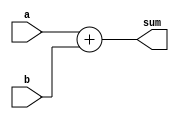
module Adder
#(
    parameter WORD_LENGTH = 8
) 
(
    input [WORD_LENGTH - 1 : 0]a,
    input [WORD_LENGTH - 1 : 0]b,
	 
    output [WORD_LENGTH - 1 : 0]sum    
);

reg [WORD_LENGTH-1 : 0]sum_reg = 0;

always @(*) begin
    sum_reg = a + b;
end

assign sum = sum_reg;

endmodule